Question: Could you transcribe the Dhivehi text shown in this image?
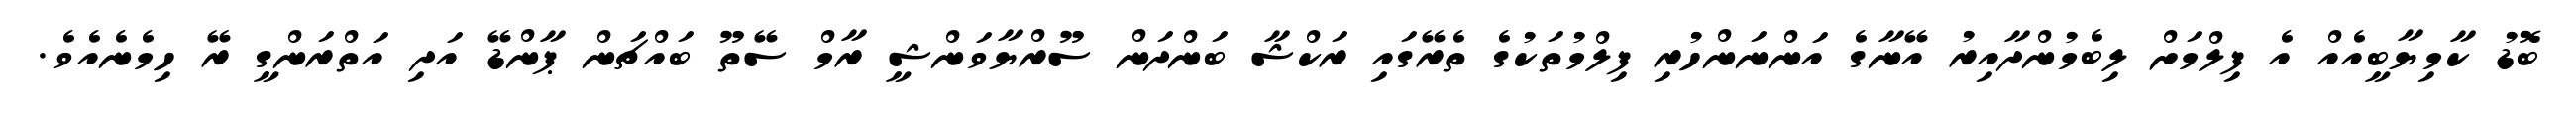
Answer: ބޮޑު ކާމިޔާބީއެއް އެ ފިލްމަށް ލިބެމުންދާއިރު އޭނާގެ އަންނަންހުރި ފިލްމުތަކުގެ ތެރޭގައި ރަކްޝާ ބަންދަން ސޫރްޔާވަންޝީ ރާމް ސޭތޫ ބައްޗަން ޕާންޑޭ އަދި އަތްރަންގީ ރޭ ހިމެނެއެވެ.